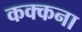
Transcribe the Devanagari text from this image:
कक्कना